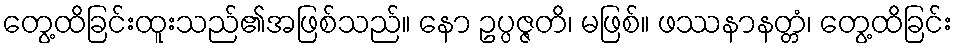
တွေ့ထိခြင်းထူးသည်၏အဖြစ်သည်။ နော ဥပ္ပဇ္ဇတိ၊ မဖြစ်။ ဖဿနာနတ္တံ၊ တွေ့ထိခြင်း